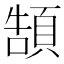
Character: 頶